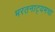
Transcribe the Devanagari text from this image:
भरतनाट्यमचा